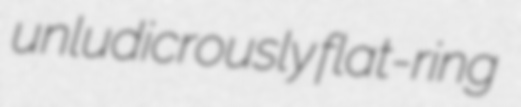
unludicrously flat-ring